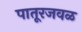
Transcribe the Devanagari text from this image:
पातूरजवळ